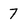
Character: 7